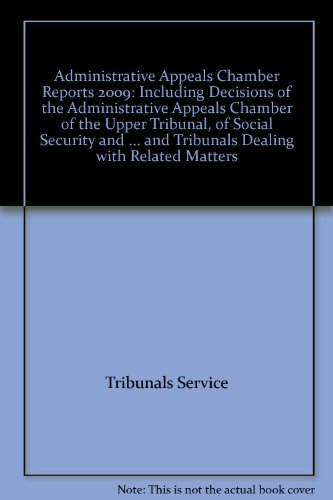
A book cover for Administrative Appeals Chamber Reports 2009: Including Decisions of the Administrative Appeals Chamber of the Upper Tribunal, of Social Security and ... and Tribunals Dealing with Related Matters; Tribunals Service; Law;